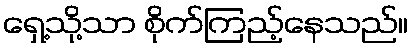
ရှေ့သို့သာ စိုက်ကြည့်နေသည်။